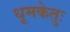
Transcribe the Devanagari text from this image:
धूमकेतुः